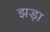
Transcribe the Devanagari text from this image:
झड़ा